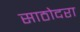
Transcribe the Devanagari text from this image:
साठोदरा